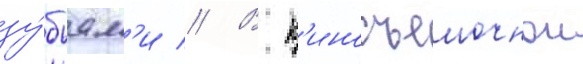
зу́бьям'и // В к'иносъемочнои